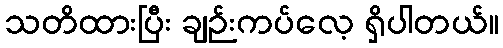
သတိထားပြီး ချဉ်းကပ်လေ့ ရှိပါတယ်။